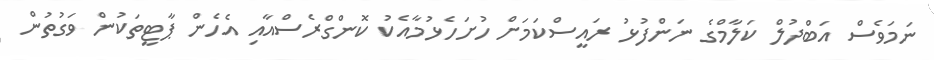
ނަމަވެސް އަބްދުލް ކަލާމްގެ ނަންފުޅު ރައީސްކަމަށް ހުށަހެޅުމާއެކު ކޮންގްރެސްއާއި އެހެން ޕާޓީތަކުން ވަގުތުން